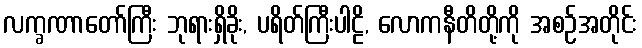
လက္ခဏာတော်ကြီး ဘုရားရှိခိုး, ပရိတ်ကြီးပါဠိ, လောကနီတိတို့ကို အစဉ်အတိုင်း